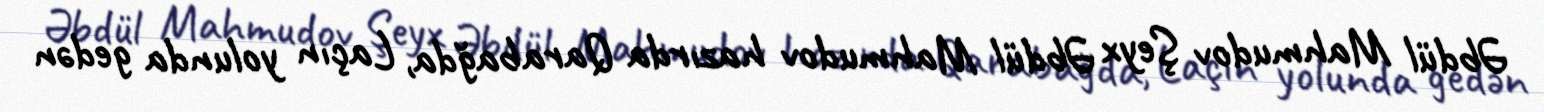
Əbdül Mahmudov Şeyx Əbdül Mahmudov hazırda Qarabağda, Laçın yolunda gedən